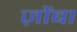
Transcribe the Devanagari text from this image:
ज़ोंबा